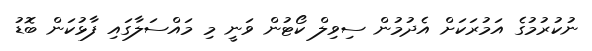
ނުކުރުމުގެ އަމުރަކަށް އެދުމުން ސިވިލް ކޯޓުން ވަނީ މި މައްސަލާގައި ފާޅުކަން ބޮޑު